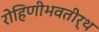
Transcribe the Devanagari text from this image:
रोहिणीभवतीर्थ